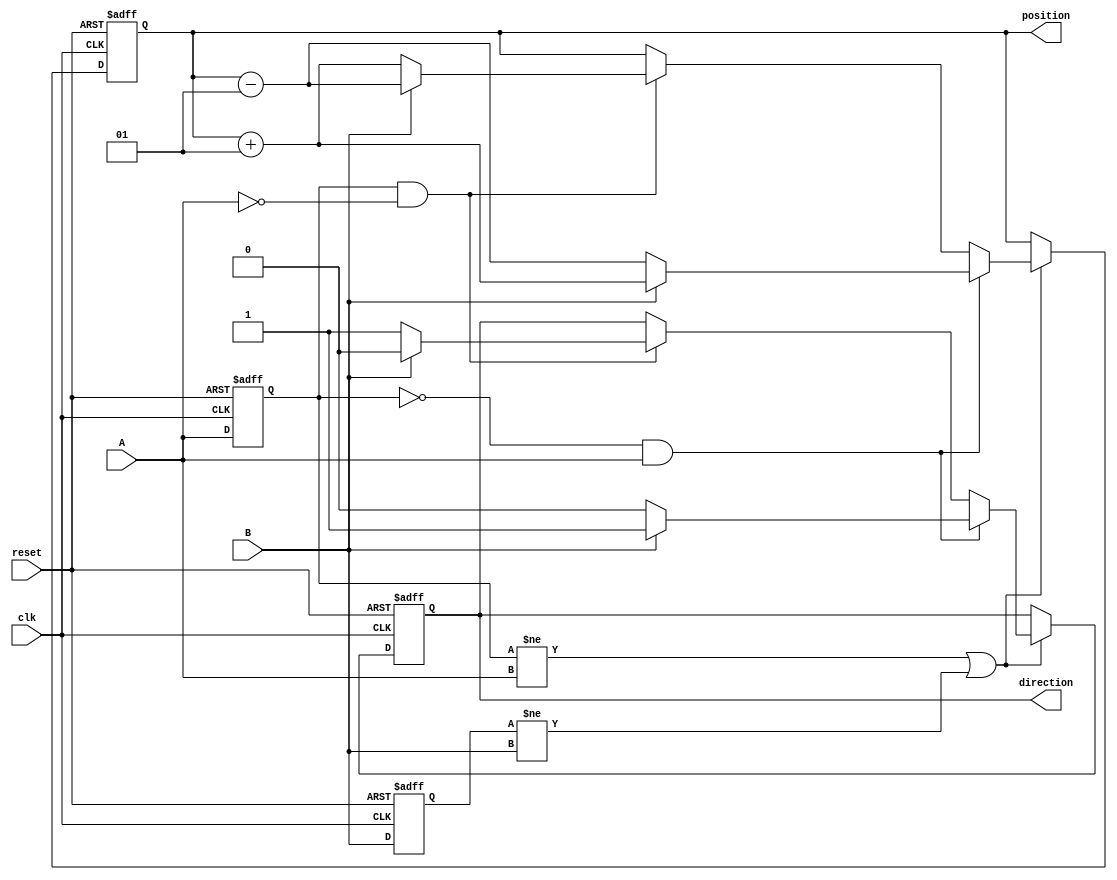
module rotary_encoder (
    input wire clk,          // Clock signal
    input wire A,           // Quadrature output signal A
    input wire B,           // Quadrature output signal B
    input wire reset,       // Asynchronous reset
    output reg signed [31:0] position, // Current position of the rotary encoder
    output reg direction     // Direction of rotation (1 for clockwise, 0 for counterclockwise)
);

    // State variables to hold the previous values of A and B
    reg A_prev;
    reg B_prev;

    // Always block for position counting and direction detection
    always @(posedge clk or posedge reset) begin
        if (reset) begin
            position <= 0;       // Reset position to 0
            direction <= 0;      // Reset direction
            A_prev <= 0;         // Initialize previous A state
            B_prev <= 0;         // Initialize previous B state
        end else begin
            // Detect changes in A and B
            if (A_prev != A || B_prev != B) begin
                // Update direction based on the transition of A and B
                if (A_prev == 0 && A == 1) begin // A rising edge
                    if (B == 1) begin
                        position <= position + 1; // Clockwise
                        direction <= 1;
                    end else begin
                        position <= position - 1; // Counterclockwise
                        direction <= 0;
                    end
                end else if (A_prev == 1 && A == 0) begin // A falling edge
                    if (B == 1) begin
                        position <= position - 1; // Counterclockwise
                        direction <= 0;
                    end else begin
                        position <= position + 1; // Clockwise
                        direction <= 1;
                    end
                end
            end
            
            // Update previous state
            A_prev <= A;
            B_prev <= B;
        end
    end
endmodule